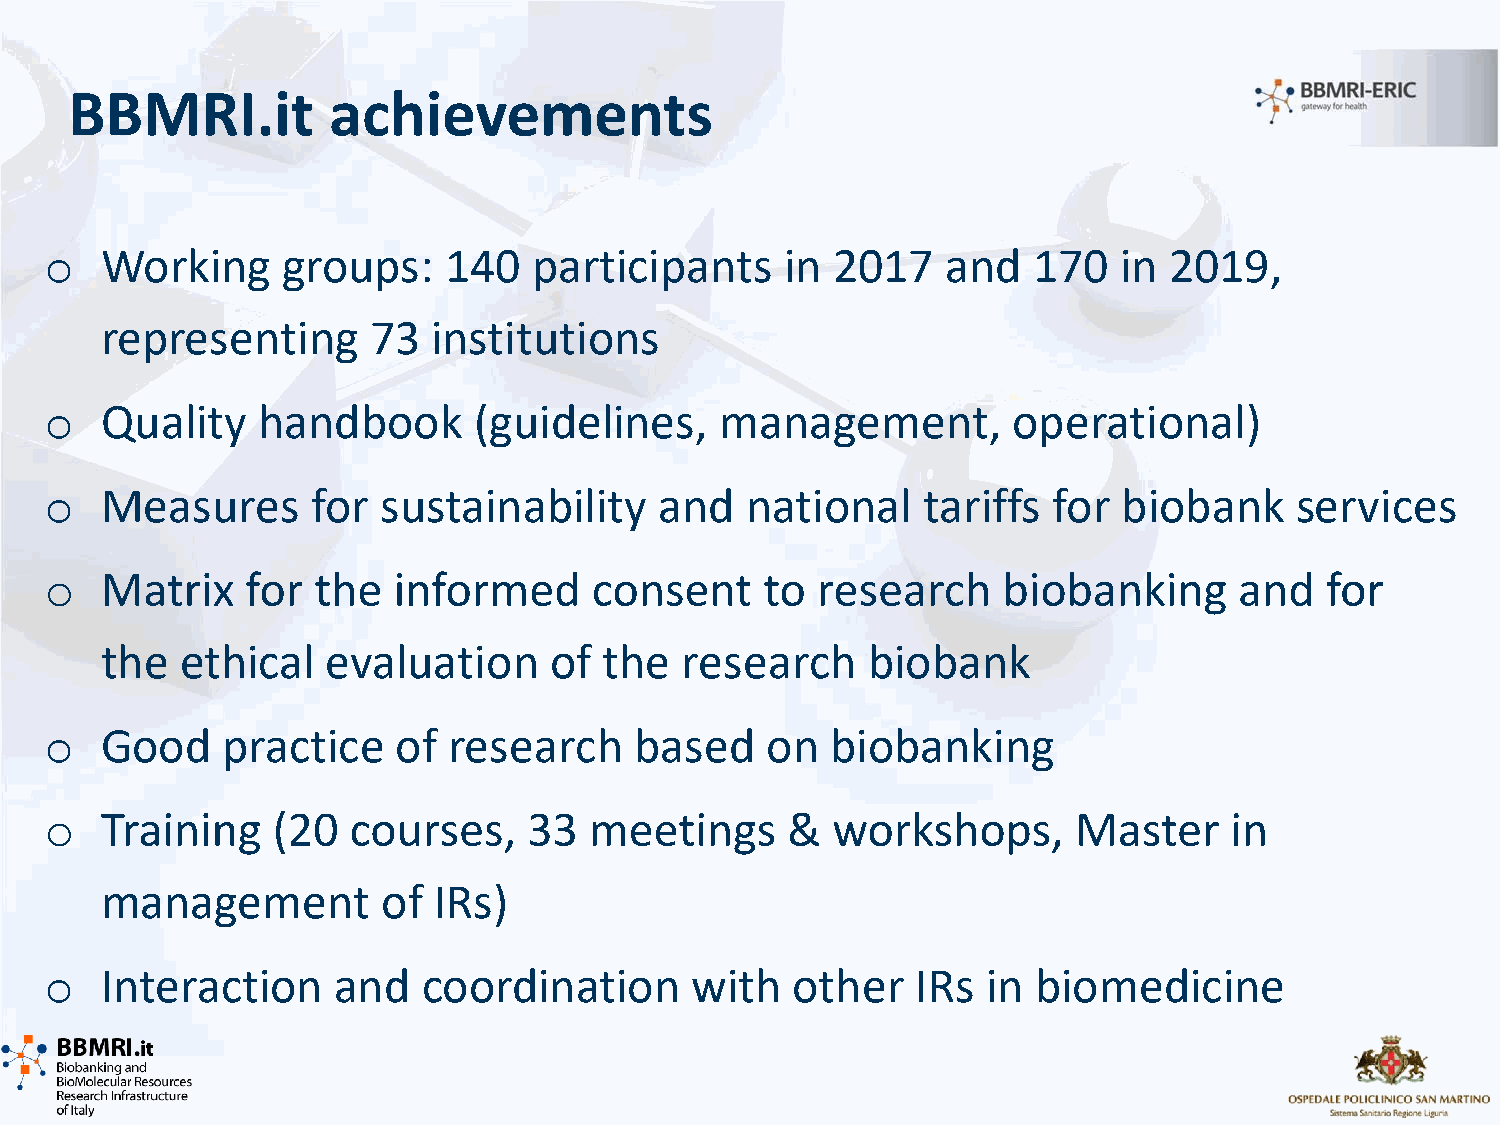
BBMRI.it         achievements
 o   Working     groups:   140   participants     in 2017    and  170   in 2019,
 representing     73   institutions
 o   Quality   handbook      (guidelines,     management,        operational)
 o   Measures      for sustainability     and  national    tariffs  for biobank     services
 o   Matrix   for  the  informed     consent     to research    biobanking      and   for
 the  ethical   evaluation    of  the  research    biobank
 o   Good    practice   of  research    based    on  biobanking
 o   Training   (20  courses,    33  meetings     &  workshops,      Master    in
 management        of  IRs)
 o   Interaction    and   coordination      with  other    IRs in biomedicine